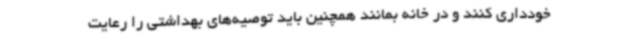
خودداری کنند و در خانه بمانند همچنین باید توصیه‌های بهداشتی را رعایت